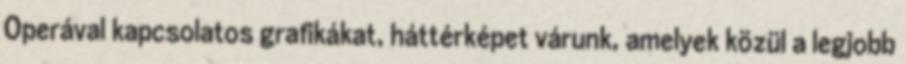
Operával kapcsolatos grafikákat, háttérképet várunk, amelyek közül a legjobb